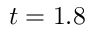
t = 1 . 8